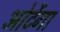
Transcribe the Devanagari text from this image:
ओर्टेगा